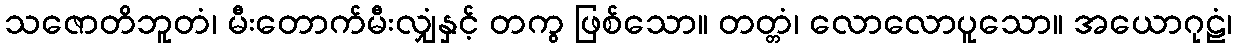
သဇောတိဘူတံ၊ မီးတောက်မီးလျှံနှင့် တကွ ဖြစ်သော။ တတ္တံ၊ လောလောပူသော။ အယောဂုဠံ၊